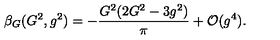
\beta _ { G } ( G ^ { 2 } , g ^ { 2 } ) = - { \frac { G ^ { 2 } ( 2 G ^ { 2 } - 3 g ^ { 2 } ) } { \pi } } + { \cal O } ( g ^ { 4 } ) .